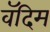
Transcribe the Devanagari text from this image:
वॅदिम